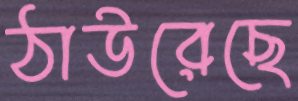
ঠাউরেছে